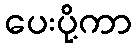
ပေးပို့ကာ